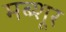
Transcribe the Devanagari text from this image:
मब्शूर